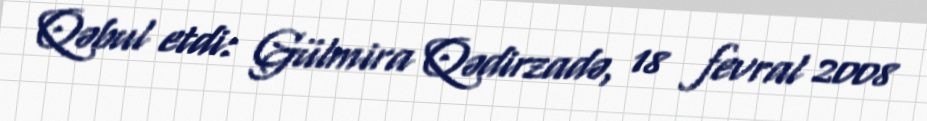
Qəbul etdi: Gülmira Qədirzadə, 18 fevral 2008